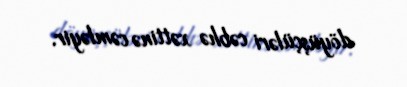
döyüşçüləri cəbhə xəttinə cəmləyir.